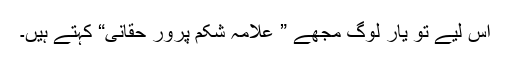
اس لیے تو یار لوگ مجھے ” علامہ شکم پرور حقانی“ کہتے ہیں۔